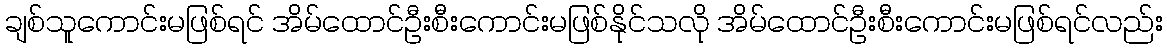
ချစ်သူကောင်းမဖြစ်ရင် အိမ်ထောင်ဦးစီးကောင်းမဖြစ်နိုင်သလို အိမ်ထောင်ဦးစီးကောင်းမဖြစ်ရင်လည်း